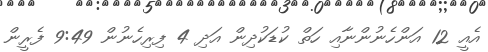
އެއީ 12 އަންހެނުންނާއި ހަތް ކުޑަކުދިން އަދި 4 ފިރިހެނުން 9:49 ފެރީން